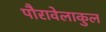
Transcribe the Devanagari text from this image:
पौरावेलाकुल